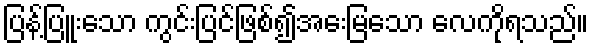
ပြန့်ပြူးသော ကွင်းပြင်ဖြစ်၍အေးမြသော လေကိုရသည်။